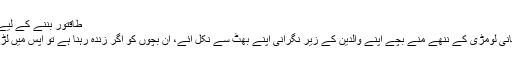
طاقتور بننے کے لیے لومڑی کے ننھے بچوں کی لڑائی -
سرد علاقوں میں پائی جانے والی برفانی لومڑی کے ننھے منے بچے اپنے والدین کے زیر نگرانی اپنے بھٹ سے نکل آئے، ان بچوں کو اگر زندہ رہنا ہے تو آپس میں لڑ کر اپنی طاقت میں اضاف کرنا ہوگا۔